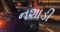
નશાડી